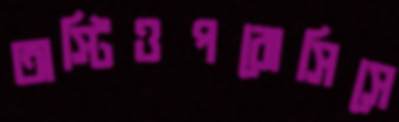
অস্টিওপরোসিসে